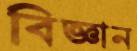
বিজ্ঞান